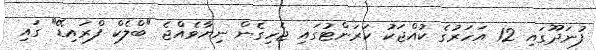
ފުނަދޫގައި 12 އަހަރުގެ ކުއްޖަކު ކަރަންޓުގައި ޖެހިގެން ނިޔާވެއްޖެ "ބްލެކް ފްރައިޑޭ" ގައި